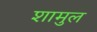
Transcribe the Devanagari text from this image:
शामुल